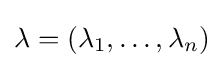
\lambda =(\lambda _{1},\ldots ,\lambda _{n})